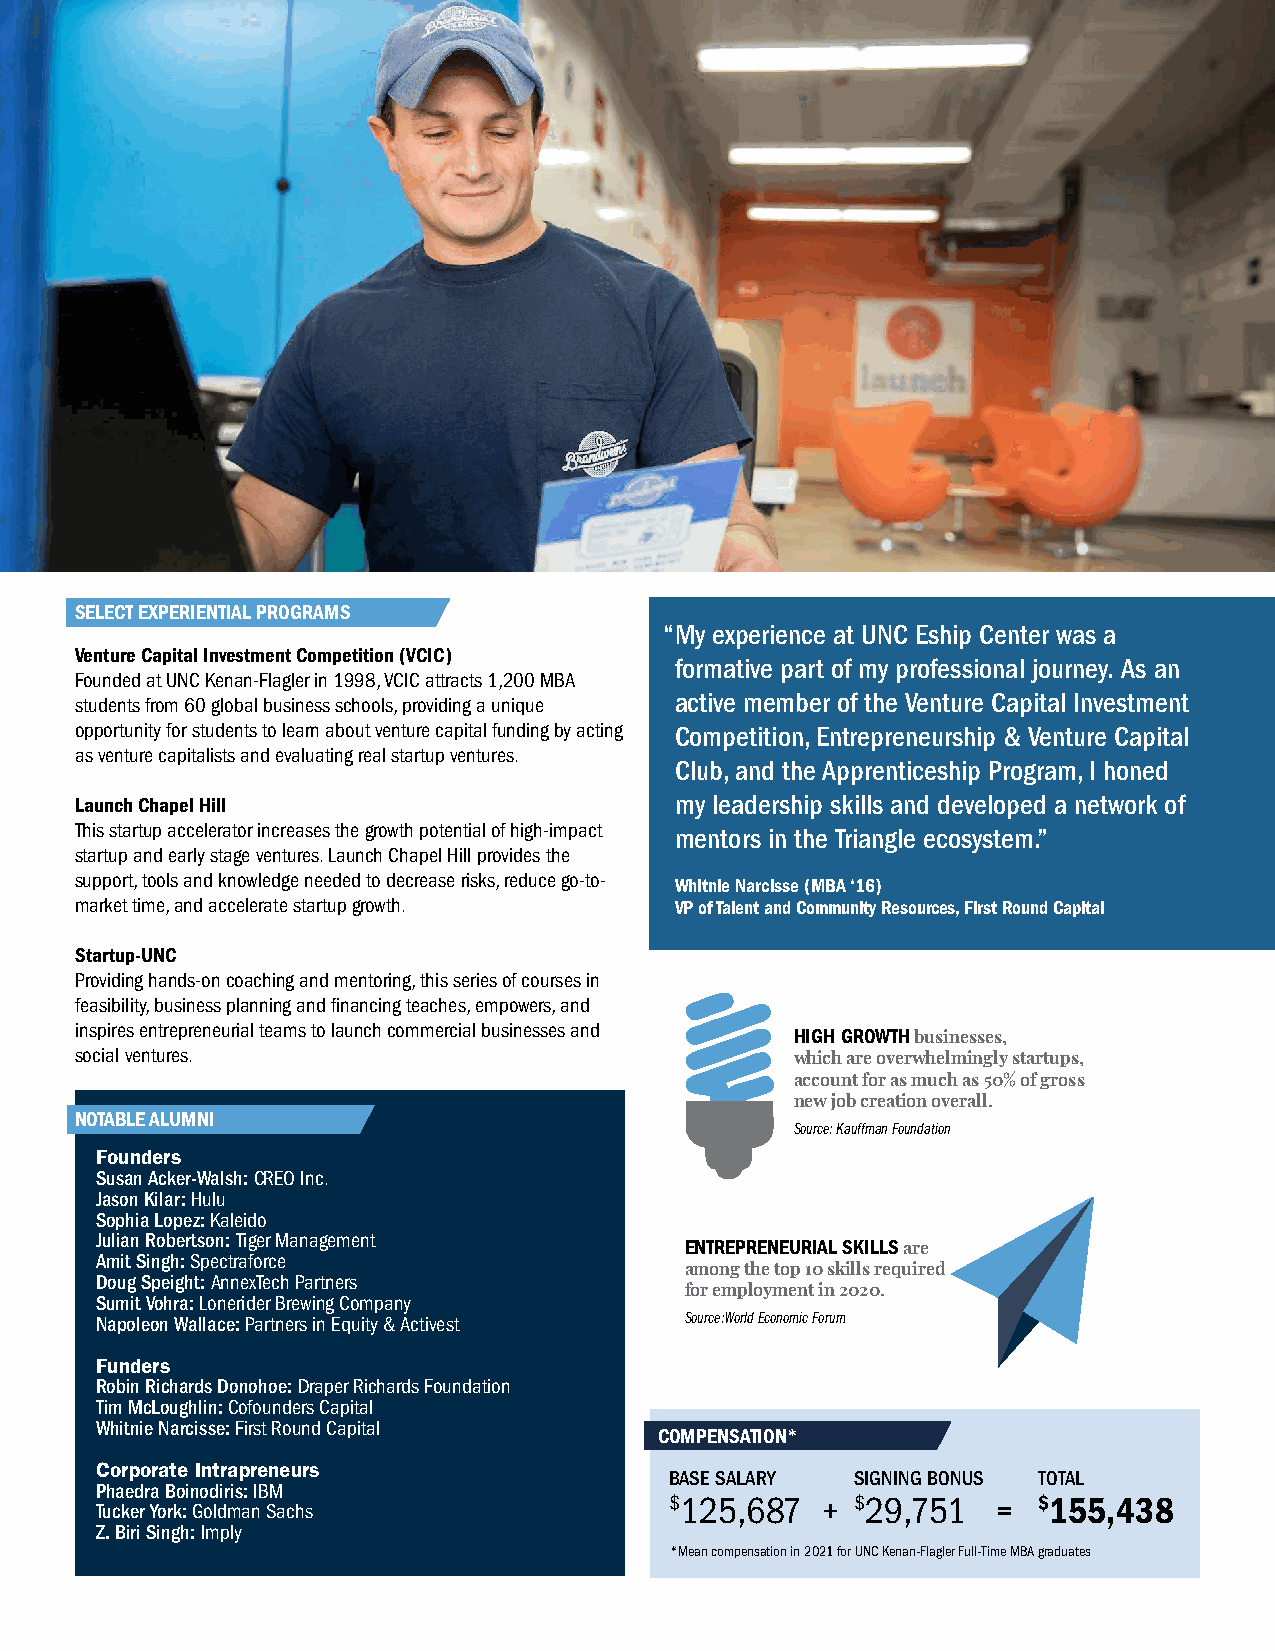
SELECT EXPERIENTIAL PROGRAMS
 “My experience at UNC Eship Center was a
 Venture Capital Investment Competition (VCIC)
 formative part of my professional journey. As an
 Founded at UNC Kenan-Flagler in 1998, VCIC attracts 1,200 MBA
 students from 60 global business schools, providing a unique active member of the Venture Capital Investment
 opportunity for students to learn about venture capital funding by acting Competition, Entrepreneurship & Venture Capital
 as venture capitalists and evaluating real startup ventures.
 Club, and the Apprenticeship Program, I honed
 Launch Chapel Hill                      my leadership skills and developed a network of
 This startup accelerator increases the growth potential of high-impact mentors in the Triangle ecosystem.”
 startup and early stage ventures. Launch Chapel Hill provides the
 support, tools and knowledge needed to decrease risks, reduce go-to- Whitnie Narcisse (MBA ‘16)
 market time, and accelerate startup growth. VP of Talent and Community Resources, First Round Capital
 Startup-UNC
 Providing hands-on coaching and mentoring, this series of courses in
 feasibility, business planning and financing teaches, empowers, and
 inspires entrepreneurial teams to launch commercial businesses and HIGH GROWTH businesses,
 social ventures.                                which are overwhelmingly startups,
 account for as much as 50% of gross
 new job creation overall.
 NOTABLE ALUMNI
 Source: Kauffman Foundation
 Founders
 Susan Acker-Walsh: CREO Inc.
 Jason Kilar: Hulu
 Sophia Lopez: Kaleido
 Julian Robertson: Tiger Management     ENTREPRENEURIAL SKILLS are
 Amit Singh: Spectraforce
 among the top 10 skills required
 Doug Speight: AnnexTech Partners
 for employment in 2020.
 Sumit Vohra: Lonerider Brewing Company
 Napoleon Wallace: Partners in Equity & Activest Source: World Economic Forum
 Funders
 Robin Richards Donohoe: Draper Richards Foundation
 Tim McLoughlin: Cofounders Capital
 Whitnie Narcisse: First Round Capital
 COMPENSATION*
 Corporate Intrapreneurs
 BASE SALARY  SIGNING BONUS TOTAL
 Phaedra Boinodiris: IBM
 Tucker York: Goldman Sachs            $125,687  +  $29,751  =  $155,438
 Z. Biri Singh: Imply
 * Mean compensation in 2021 for UNC Kenan-Flagler Full-Time MBA graduates